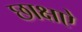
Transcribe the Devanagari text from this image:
छाक्षऐ